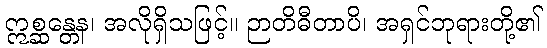
ဣစ္ဆန္တေန၊ အလိုရှိသဖြင့်။ ဉာတိဓီတာပိ၊ အရှင်ဘုရားတို့၏